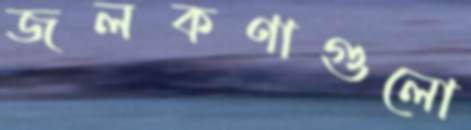
জলকণাগুলো